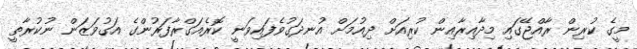
މީގެ ކުރިން ރާއްޖޭގައި މިދާއިރާއިން ކުރިއަށް ދިއުމަށް އުނދަގުވެފައިވަނީ ކޮރެއަގްރާފަރުންގެ އަގުވަޒަން ނުކުރާތީ